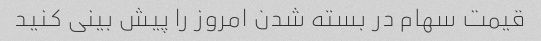
قیمت سهام در بسته شدن امروز را پیش بینی کنید